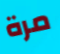
مرة